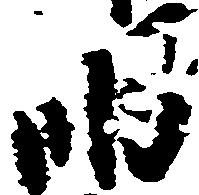
明